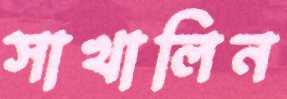
সাখালিন